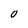
Character: o